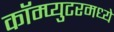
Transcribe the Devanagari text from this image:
कॉम्प्युटरमध्ये